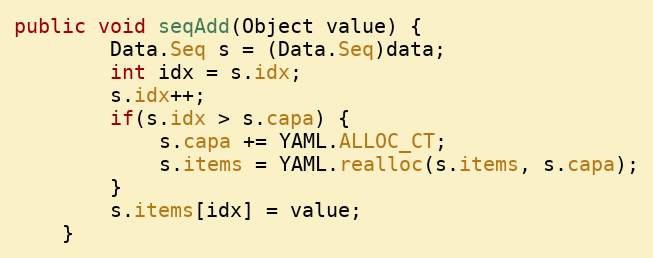
Language: Java
public void seqAdd(Object value) {
        Data.Seq s = (Data.Seq)data;
        int idx = s.idx;
        s.idx++;
        if(s.idx > s.capa) {
            s.capa += YAML.ALLOC_CT;
            s.items = YAML.realloc(s.items, s.capa);
        }
        s.items[idx] = value;
    }